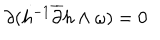
\partial ( h ^ { - 1 } \overline { { { \partial } } } h \wedge \omega ) = 0